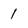
Character: 1